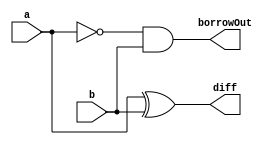
// -------------------------
// Exemplo_0802 - FULL SUBTRACTOR
// Nome: Anna Puga Campos Rodrigues
// -------------------------
// PREVISAO DE TESTES
// 15 - 1  = 0 1110
// 15 - 2  = 0 1101
// 15 - 3  = 0 1100
// 15 - 4  = 0 1011
// 15 - 5  = 0 1010
// 15 - 6  = 0 1001
// 15 - 7  = 0 1000
// 15 - 8  = 0 0111
// 15 - 9  = 0 0110
// 15 - 10 = 0 0101
// 15 - 11 = 0 0100
// 15 - 12 = 0 0011
// 15 - 13 = 0 0010
// 15 - 14 = 0 0001
// 15 - 15 = 0 0000
// 10 - 15 = 1 1011
// -------------------------

module halfSubtractor (output borrowOut,
output diff,
input a,
input b);

wire notA;
// descrever por portas
xor XOR1 (diff, a, b);
not NOT1(notA, a);
and AND (borrowOut, notA, b);
endmodule 

module fullSubtractor ( output borrowOut,
output sum,
input a,
input b,
input borrowIn );

wire saidaXorAB;
wire saidaAnd1;
wire saidaAnd2;
wire saidaAnd3;
wire parcial;
// descrever por portas e/ou modulos

xor(saidaXorAB, a, b);
xor(sum, saidaXorAB, borrowIn);
and(saidaAnd1, b, borrowIn);
and(saidaAnd2, ~a, borrowIn);
and(saidaAnd3, ~a, b);
or(parcial, saidaAnd1, saidaAnd2);
or(borrowOut, parcial, saidaAnd3);

endmodule // fullSubtractor

module test_fullSubtractor;
// ------------------------- definir dados
reg [3:0] x;
reg [3:0] y;
wire [3:0] borrow; 
wire [4:0] soma;

fullSubtractor FS0 ( borrow[3], soma[3], x[3], y[3], 1'b0);
fullSubtractor FS1 ( borrow[2], soma[2], x[2], y[2], borrow[3]);
fullSubtractor FS2 ( borrow[1], soma[1], x[1], y[1], borrow[2]);
fullSubtractor FS3 ( borrow[0], soma[0], x[0], y[0], borrow[1]);
// ------------------------- parte principal
initial begin
$display("Exemplo0802 - Anna Puga - 694370");
$display("Test ALUs full subtractor");

$monitor("%b%b%b%b - %b%b%b%b = %b %b%b%b%b", x[0], x[1], x[2], x[3], y[0], y[1], y[2], y[3], borrow[0], soma[0], soma[1], soma[2], soma[3]);

    x[0] = 1; y[0] = 0;  
    x[1] = 1; y[1] = 0; 
    x[2] = 1; y[2] = 0; 
    x[3] = 1; y[3] = 1;

#1  x[0] = 1; y[0] = 0;  
    x[1] = 1; y[1] = 0; 
    x[2] = 1; y[2] = 1; 
    x[3] = 1; y[3] = 0;

#1  x[0] = 1; y[0] = 0;  
    x[1] = 1; y[1] = 0; 
    x[2] = 1; y[2] = 1; 
    x[3] = 1; y[3] = 1;

#1  x[0] = 1; y[0] = 0;  
    x[1] = 1; y[1] = 1; 
    x[2] = 1; y[2] = 0; 
    x[3] = 1; y[3] = 0;

#1  x[0] = 1; y[0] = 0;  
    x[1] = 1; y[1] = 1; 
    x[2] = 1; y[2] = 0; 
    x[3] = 1; y[3] = 1;

#1  x[0] = 1; y[0] = 0;  
    x[1] = 1; y[1] = 1; 
    x[2] = 1; y[2] = 1; 
    x[3] = 1; y[3] = 0;

#1  x[0] = 1; y[0] = 0;  
    x[1] = 1; y[1] = 1; 
    x[2] = 1; y[2] = 1; 
    x[3] = 1; y[3] = 1;

#1  x[0] = 1; y[0] = 1;  
    x[1] = 1; y[1] = 0; 
    x[2] = 1; y[2] = 0; 
    x[3] = 1; y[3] = 0;

#1  x[0] = 1; y[0] = 1;  
    x[1] = 1; y[1] = 0; 
    x[2] = 1; y[2] = 0; 
    x[3] = 1; y[3] = 1;

#1  x[0] = 1; y[0] = 1;  
    x[1] = 1; y[1] = 0; 
    x[2] = 1; y[2] = 1; 
    x[3] = 1; y[3] = 0;

#1  x[0] = 1; y[0] = 1;  
    x[1] = 1; y[1] = 0; 
    x[2] = 1; y[2] = 1; 
    x[3] = 1; y[3] = 1;

#1  x[0] = 1; y[0] = 1;  
    x[1] = 1; y[1] = 1; 
    x[2] = 1; y[2] = 0; 
    x[3] = 1; y[3] = 0;

#1  x[0] = 1; y[0] = 1;  
    x[1] = 1; y[1] = 1; 
    x[2] = 1; y[2] = 0; 
    x[3] = 1; y[3] = 1;

#1  x[0] = 1; y[0] = 1;  
    x[1] = 1; y[1] = 1; 
    x[2] = 1; y[2] = 1; 
    x[3] = 1; y[3] = 0;

#1  x[0] = 1; y[0] = 1;  
    x[1] = 1; y[1] = 1; 
    x[2] = 1; y[2] = 1; 
    x[3] = 1; y[3] = 1;

#1  x[0] = 1; y[0] = 1;  
    x[1] = 0; y[1] = 1; 
    x[2] = 1; y[2] = 1; 
    x[3] = 0; y[3] = 1;

end
endmodule // test_fullSubtractor